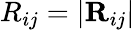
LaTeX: R_{ij}=|{\mathbf R}_{ij}|